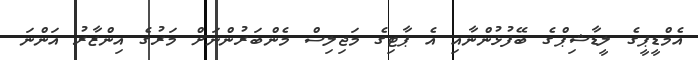
އެމްޑީޕީގެ ލީޑާޝިޕްގެ ބޭފުޅުންނާއި އެ ޕާޓިގެ މަޖިލިސް މެންބަރުންނަށް މަރުގެ އިންޒާރު އަންނަ